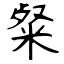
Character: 粲